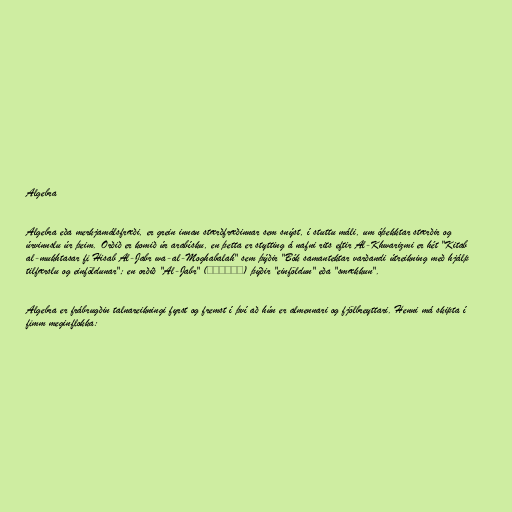
Algebra

Algebra eða merkjamálsfræði, er grein innan stærðfræðinnar sem snýst, í stuttu máli, um óþekktar stærðir og
úrvinnslu úr þeim. Orðið er komið úr arabísku, en þetta er stytting á nafni rits eftir Al-Khwarizmi er hét "Kitab
al-mukhtasar fi Hisab Al-Jabr wa-al-Moghabalah" sem þýðir "Bók samantektar varðandi útreikning með hjálp
tilfærslu og einföldunar"; en orðið "Al-Jabr" (الىابر) þýðir "einföldun" eða "smækkun".

Algebra er frábrugðin talnareikningi fyrst og fremst í því að hún er almennari og fjölbreyttari. Henni má skipta í
fimm meginflokka: